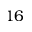
1 6